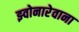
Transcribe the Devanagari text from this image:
झ्वोनारेवाना